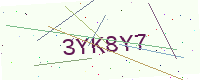
Text: 3YK8Y7